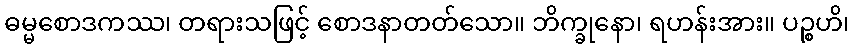
ဓမ္မစောဒကဿ၊ တရားသဖြင့် စောဒနာတတ်သော။ ဘိက္ခုနော၊ ရဟန်းအား။ ပဉ္စဟိ၊